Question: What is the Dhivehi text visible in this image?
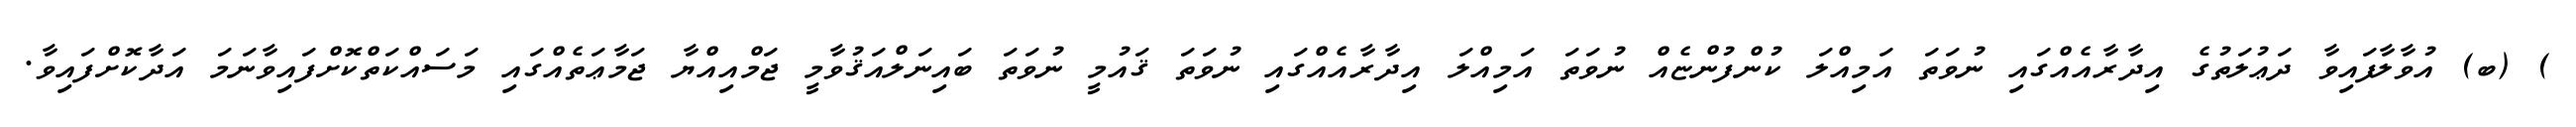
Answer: ) (ބ) އުވާލާފައިވާ ދަޢުލަތުގެ އިދާރާއެއްގައި ނުވަތަ އަމިއްލަ ކުންފުންޏެއް ނުވަތަ އަމިއްލަ އިދާރާއެއްގައި ނުވަތަ ޤައުމީ ނުވަތަ ބައިނަލްއަޤުވާމީ ޖަމްއިއްޔާ ޖަމާޢަތެއްގައި މަސައްކަތްކޮށްފައިވާނަމަ އަދާކޮށްފައިވާ.